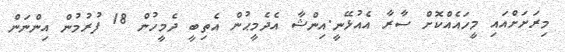
މިރަށަށްއައި މީހައެއްކޮށް ސާރާ އެއުޅޭނީ.އިންޝާ އެދެމީޙުން އެތިބީ ދެމީހުން 18 ފުރުމުން އިންނަން